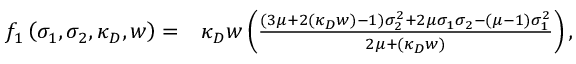
\begin{array} { r l } { f _ { 1 } \left( \sigma _ { 1 } , \sigma _ { 2 } , \kappa _ { D } , w \right) = } & { { } \kappa _ { D } w \left( \frac { ( 3 \mu + 2 ( \kappa _ { D } w ) - 1 ) \sigma _ { 2 } ^ { 2 } + 2 \mu \sigma _ { 1 } \sigma _ { 2 } - ( \mu - 1 ) \sigma _ { 1 } ^ { 2 } } { 2 \mu + ( \kappa _ { D } w ) } \right) , } \end{array}